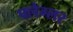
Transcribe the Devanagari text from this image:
फ्लैग्लर